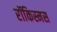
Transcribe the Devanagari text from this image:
रॉकिस्मस